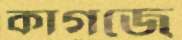
কাগজে